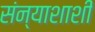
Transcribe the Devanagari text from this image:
संन्याशाशी